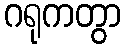
ဂရုကတွာ